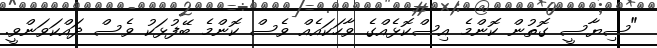
"ސިޔާސީ ގޮތުން ކޮންމެ އިސްކޮޅެއްގެ ވާހަކައެއް ވެސް ކޮންމެ ބޭފުޅަކު ވެސް ދައްކަވަންވީ.